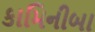
કામિનીબા